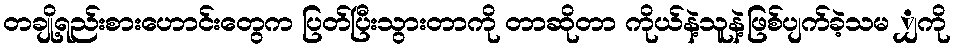
တချို့ရည်းစားဟောင်းတွေက ပြတ်ပြီးသွားတာကို တာဆိုတာ ကိုယ်နဲ့သူနဲ့ဖြစ်ပျက်ခဲ့သမ ျှကို